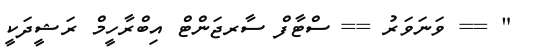
" == ވަނަވަރު == ސްޓާފް ސާރޖަންޓް އިބްރާހީމް ރަޝީދަކީ